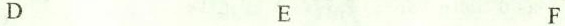
D E F